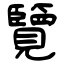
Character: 覽